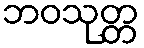
ဘဝသုတ္တ